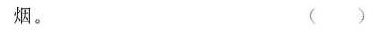
烟。（ ）